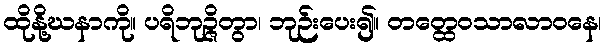
ထိုနို့ဃနာကို။ ပရိဘုဉ္ဇိတွာ၊ ဘုဉ်းပေး၍။ တတ္ထေဝသာလာဝနေ၊